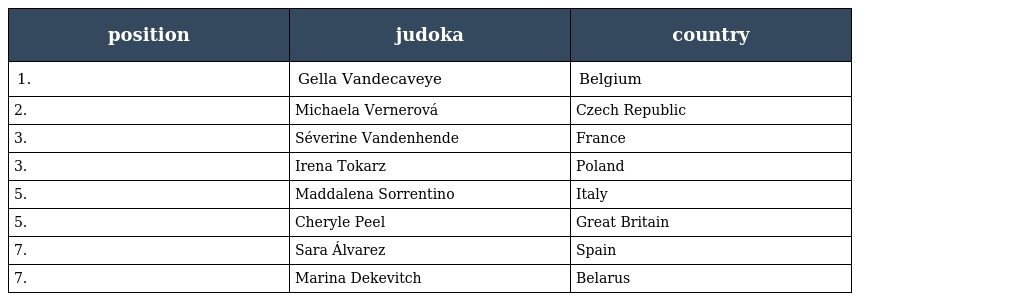
| position | judoka | country |
 | --- | --- | --- |
 | 1. | Gella Vandecaveye | Belgium |
 | 2. | Michaela Vernerová | Czech Republic |
 | 3. | Séverine Vandenhende | France |
 | 3. | Irena Tokarz | Poland |
 | 5. | Maddalena Sorrentino | Italy |
 | 5. | Cheryle Peel | Great Britain |
 | 7. | Sara Álvarez | Spain |
 | 7. | Marina Dekevitch | Belarus |